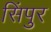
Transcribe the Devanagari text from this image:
सिंपुर